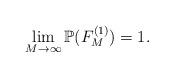
LaTeX: \begin{align*}\lim_{M \to \infty}\mathbb{P}(F^{(1)}_M ) =1.\end{align*}